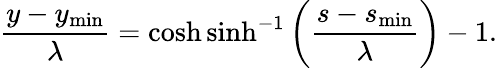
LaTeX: \frac{y-y_{\mathrm{min}}}{\lambda}=\cosh\sinh^{-1}\left(\frac{s-s_{\mathrm{min}}}{\lambda}\right)-1.